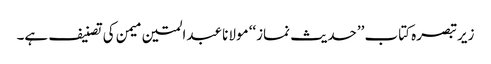
زیرتبصرہ کتاب ’’حدیث نماز‘‘ مولانا عبدالمتین میمن کی تصنیف ہے۔